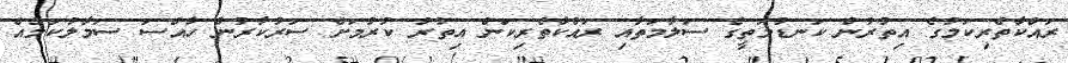
ރައްކާތެރިކަމުގެ އިތުރުން ކަނޑުމަތީގެ ސަލާމަތާއި ރައްކާތެރިކަން އިތުރު ކުރުމަށް ސަރުކާރުން ހާއްސަ ސަމާލުކަމެއް